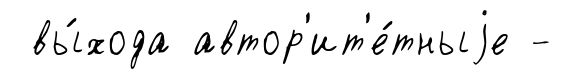
вы́хода автор'ит'е́тныjе -